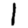
Digit: 1